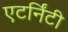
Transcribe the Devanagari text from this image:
एटर्निंटी